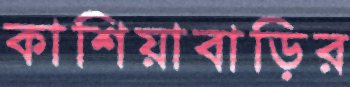
কাশিয়াবাড়ির